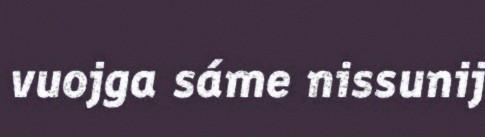
vuojga sáme nissunij